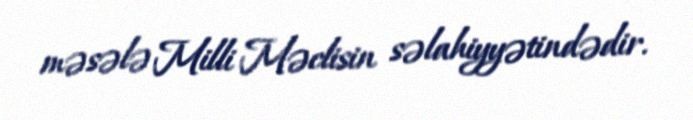
məsələ Milli Məclisin səlahiyyətindədir.